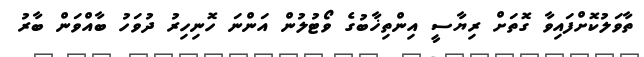
ތާވަލުކޮށްފައިވާ ގޮތަށް ރިޔާސީ އިންތިޚާބުގެ ވޯޓުލުން އަންނަ ހޮނިހިރު ދުވަހު ބާއްވަން ބާރު